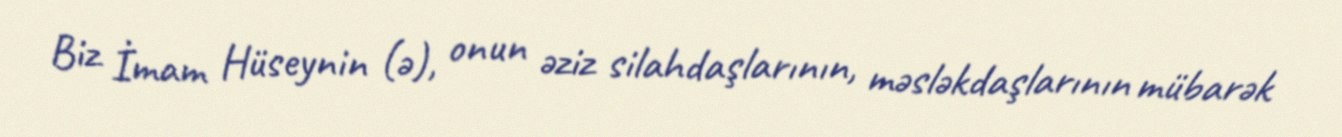
Biz İmam Hüseynin (ə), onun əziz silahdaşlarının, məsləkdaşlarının mübarək